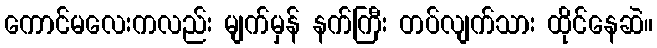
ကောင်မလေးကလည်း မျက်မှန် နက်ကြီး တပ်လျက်သား ထိုင်နေဆဲ။